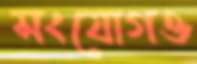
সংযোগও